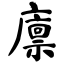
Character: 廪